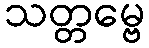
သတ္တမ္ဗေ